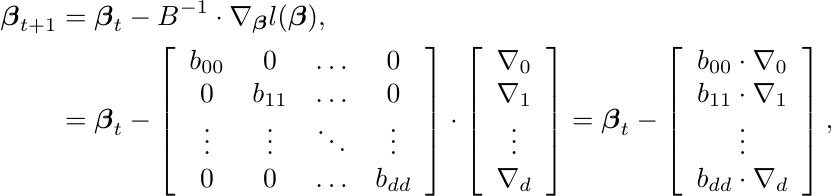
  \begin{align*}
\boldsymbol{\beta}_{t+1} &=  \boldsymbol{\beta}_{t} -  B^{-1} \cdot \nabla_{\boldsymbol{\beta}} l(\boldsymbol{\beta}), \\
 &=  \boldsymbol{\beta}_{t} -  \left[ \begin{array}{cccc}
 b_{00}    & 0  &  \ldots  & 0  \\
 0  &   b_{11}  &  \ldots  & 0  \\
 \vdots  & \vdots  & \ddots  & \vdots  \\
 0  &  0  &  \ldots  &  b_{dd}  \\
 \end{array}
 \right] \cdot \left[ \begin{array}{c}
 \nabla_{0}  \\
 \nabla_{1}  \\
 \vdots      \\
 \nabla_{d}  \\
 \end{array}
 \right]
 =  \boldsymbol{\beta}_{t} -  \left[ \begin{array}{c}
 b_{00} \cdot \nabla_{0}  \\
 b_{11} \cdot \nabla_{1}  \\
 \vdots      \\
 b_{dd} \cdot \nabla_{d}  \\
 \end{array}
 \right], %\\
 \end{align*}